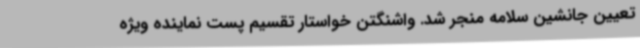
تعیین جانشین سلامه منجر شد. واشنگتن خواستار تقسیم پست نماینده ویژه